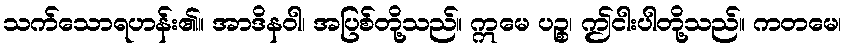
သက်သောရဟန်း၏။ အာဒိနဝါ၊ အပြစ်တို့သည်။ ဣမေ ပဉ္စ၊ ဤငါးပါတို့သည်။ ကတမေ၊